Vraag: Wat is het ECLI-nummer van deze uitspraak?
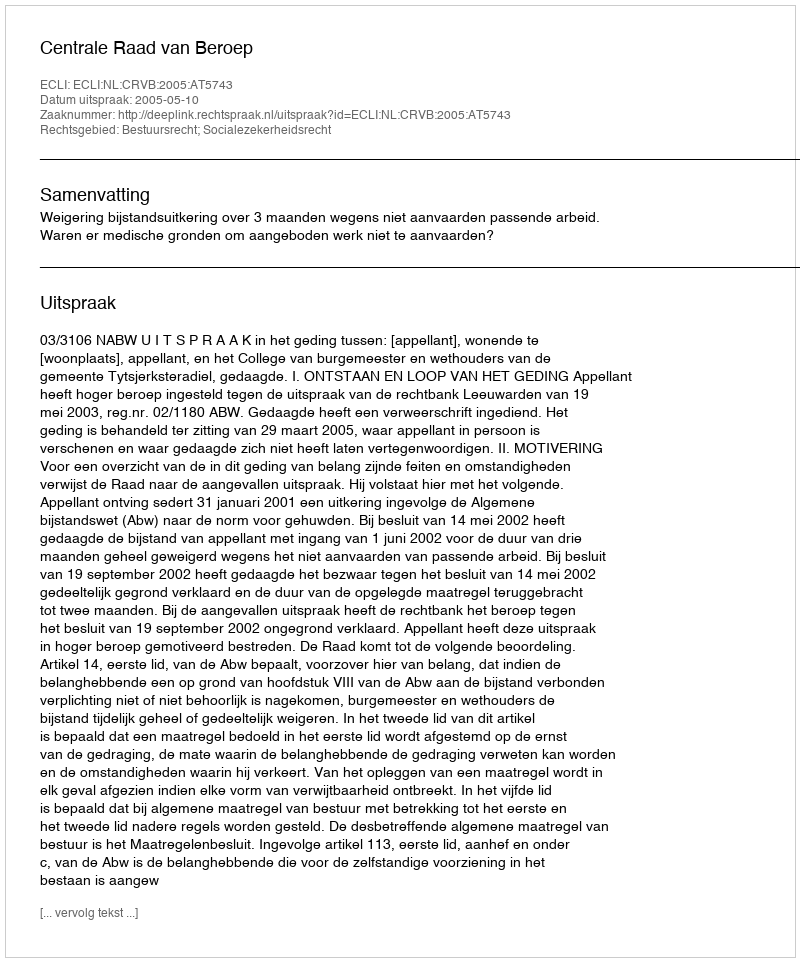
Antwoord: ECLI:NL:CRVB:2005:AT5743